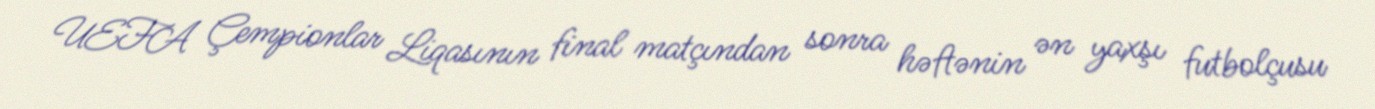
UEFA Çempionlar Liqasının final matçından sonra həftənin ən yaxşı futbolçusu